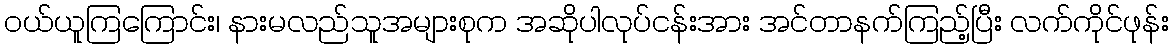
ဝယ်ယူကြကြောင်း၊ နားမလည်သူအများစုက အဆိုပါလုပ်ငန်းအား အင်တာနက်ကြည့်ပြီး လက်ကိုင်ဖုန်း